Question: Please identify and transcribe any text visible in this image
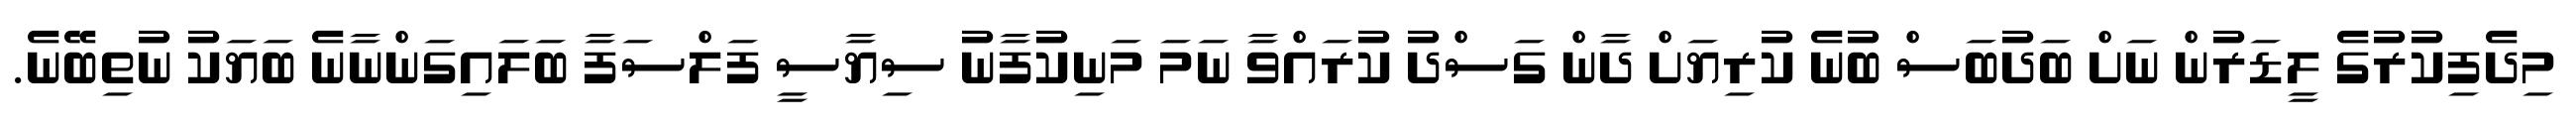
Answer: މިދެފިކުރުގެ ލީޑަރުން ނަށް ބަދުބަސް ބުނެ ކުރިޔަށް ދާން ގަސްދު ކުރައްވާ ނަމަ މަނިކުފާނު ސިޔާސީ ފަލްސަފާ ބަލައިގަންނާނެ ބަޔަކު ނުތިބޭނެ.